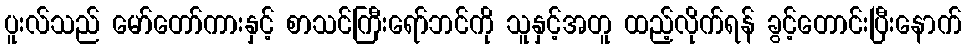
ပူးလ်သည် မော်တော်ကားနှင့် စာသင်ကြီးရော်ဘင်ကို သူနှင့်အတူ ထည့်လိုက်ရန် ခွင့်တောင်းပြီးနောက်